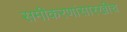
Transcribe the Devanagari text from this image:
समीकरणांसारखीच